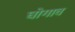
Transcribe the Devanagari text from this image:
घोगाव